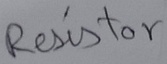
Text: Resistor